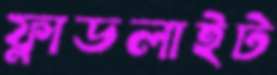
ফ্লাডলাইট